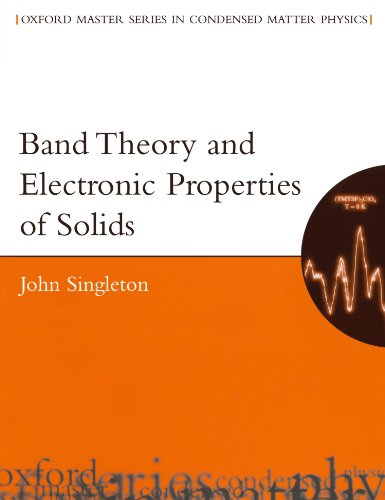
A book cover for Band Theory and Electronic Properties of Solids (Oxford Master Series in Condensed Matter Physics); John Singleton; Science & Math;